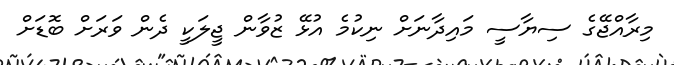
މިރާއްޖޭގެ ސިޔާސީ މައިދާނަށް ނިކުމެ އުޅޭ ޒުވާން ޖީލަކީ ދެން ވަރަށް ބޮޑަށް